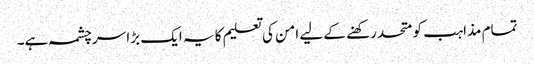
تمام مذاہب کو متحد رکھنے کے لیے امن کی تعلیم کا یہ ایک بڑا سرچشمہ ہے۔